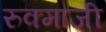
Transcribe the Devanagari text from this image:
रुक्माजी